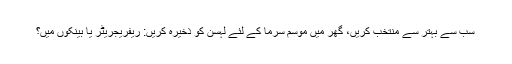
سب سے بہتر سے منتخب کریں، گھر میں موسم سرما کے لئے لہسن کو ذخیرہ کریں: ریفریجریٹر یا بینکوں میں؟